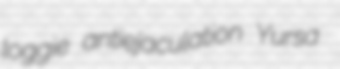
loggie antiejaculation Yursa